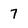
Character: 7